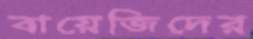
বায়েজিদের